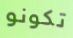
تكونو